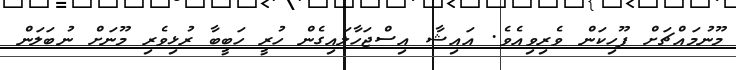
މޫނުމައްޗަށް ފޫހިކަން ވެރިވިއެވެ. އައިޝާ އިސްޖަހާލައިގެން ހުރީ ހަބީބާ ރުޅިވެރި މޫނަށް ނުބަލަން